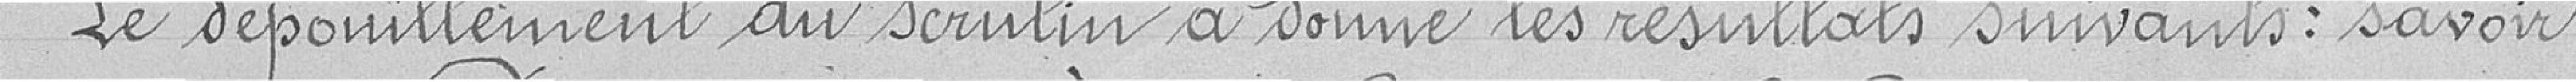
Le dépouillement du scrutin a donné les résultats suivants : savoir,